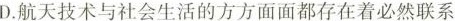
D.航天技术与社会生活的方方面面都存在着必然联系